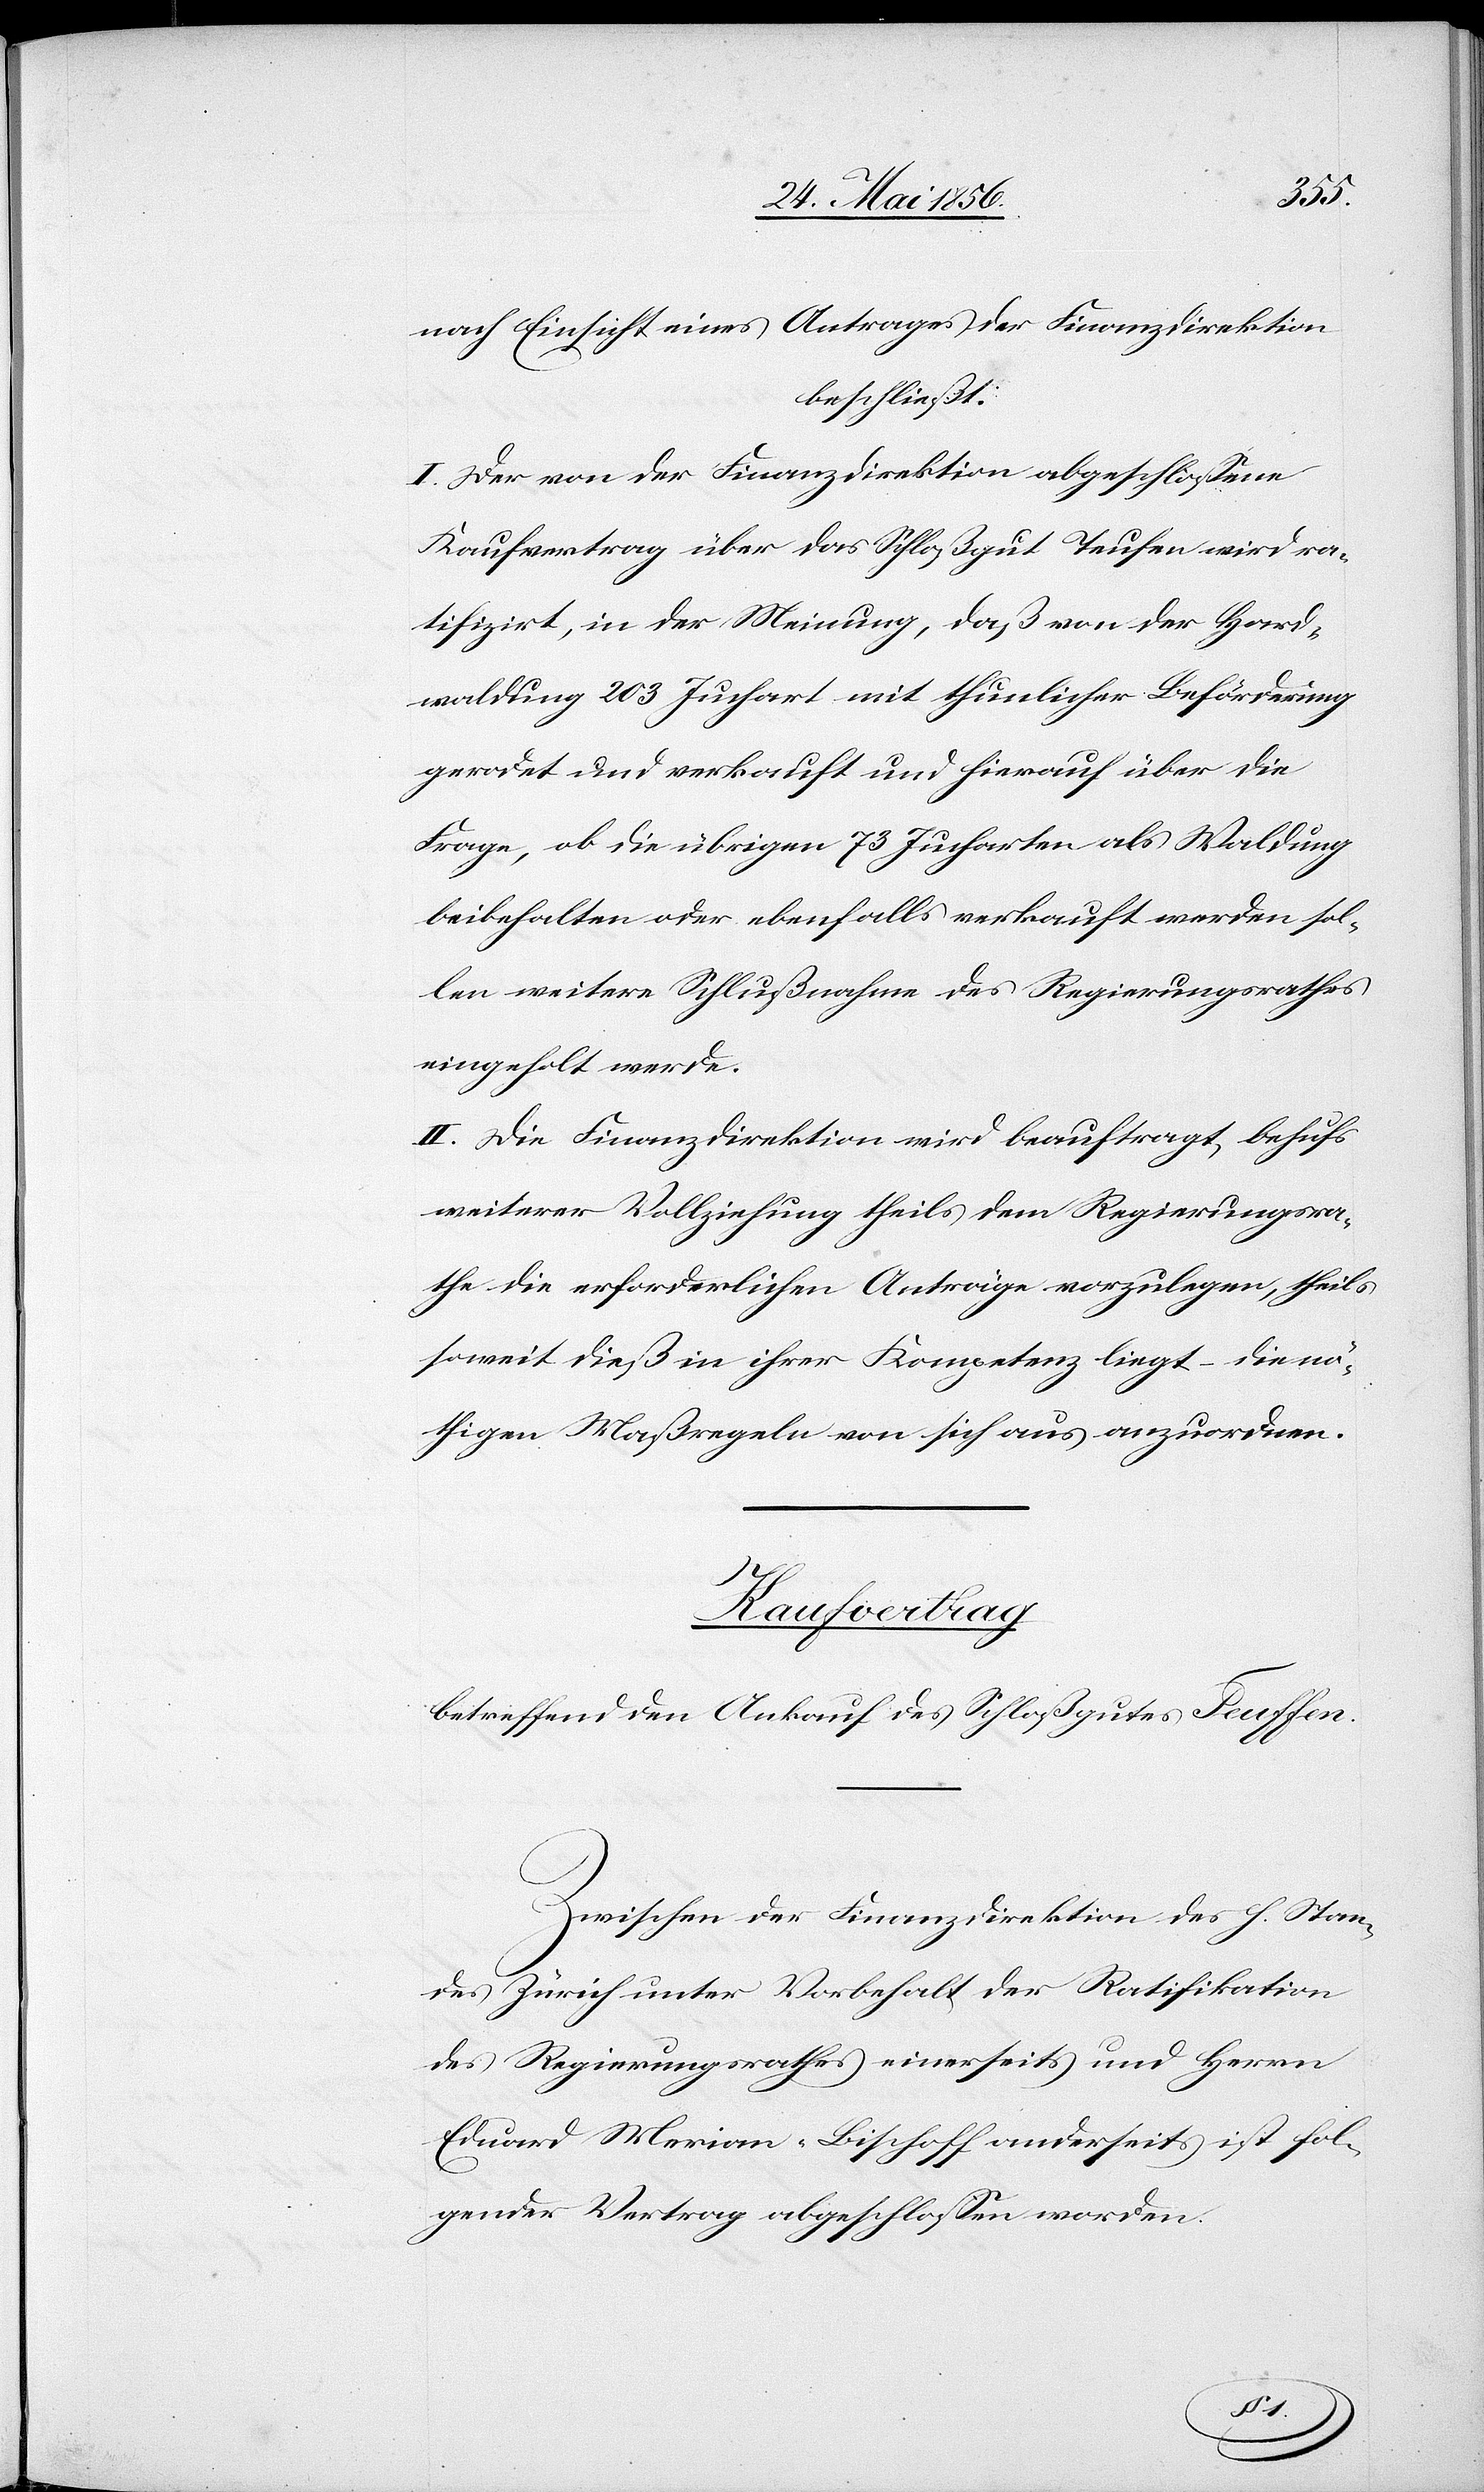
nach Einsicht eines Antrages der Finanzdirektion
beschließt:
I. Der von der Finanzdirektion abgeschlossene
Kaufvertrag über das Schloßgut Teufen wird ra¬
tifizirt, in der Meinung, daß von der Hard¬
waldung 203 Juchart mit thunlicher Beförderung
gerodet und verkauft und hierauf über die
Frage, ob die übrigen 73 Jucharten als Waldung
beibehalten oder ebenfalls verkauft werden sol¬
len weitere Schlußnahme des Regierungsrathes
eingeholt werde.
II. Die Finanzdirektion wird beauftragt, behufs
weiterer Vollziehung theils dem Regierungsra¬
the die erforderlichen Anträge vorzulegen, theils,
soweit dieß in ihrer Kompetenz liegt – die nö¬
thigen Maßregeln von sich aus anzuordnen.
Kaufvertrag
betreffend den Ankauf des Schloßgutes Teuffen
Zwischen der Finanzdirektion des h. Stan¬
des Zürich unter Vorbehalt der Ratifikation
des Regierungsrathes einerseits und Herrn
Eduard Merian-Bischoff anderseits ist fol¬
gender Vertrag abgeschlossen worden.